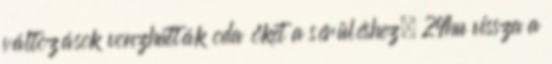
változások vonzhatták oda őket a sérüléshez. 24hu vissza a